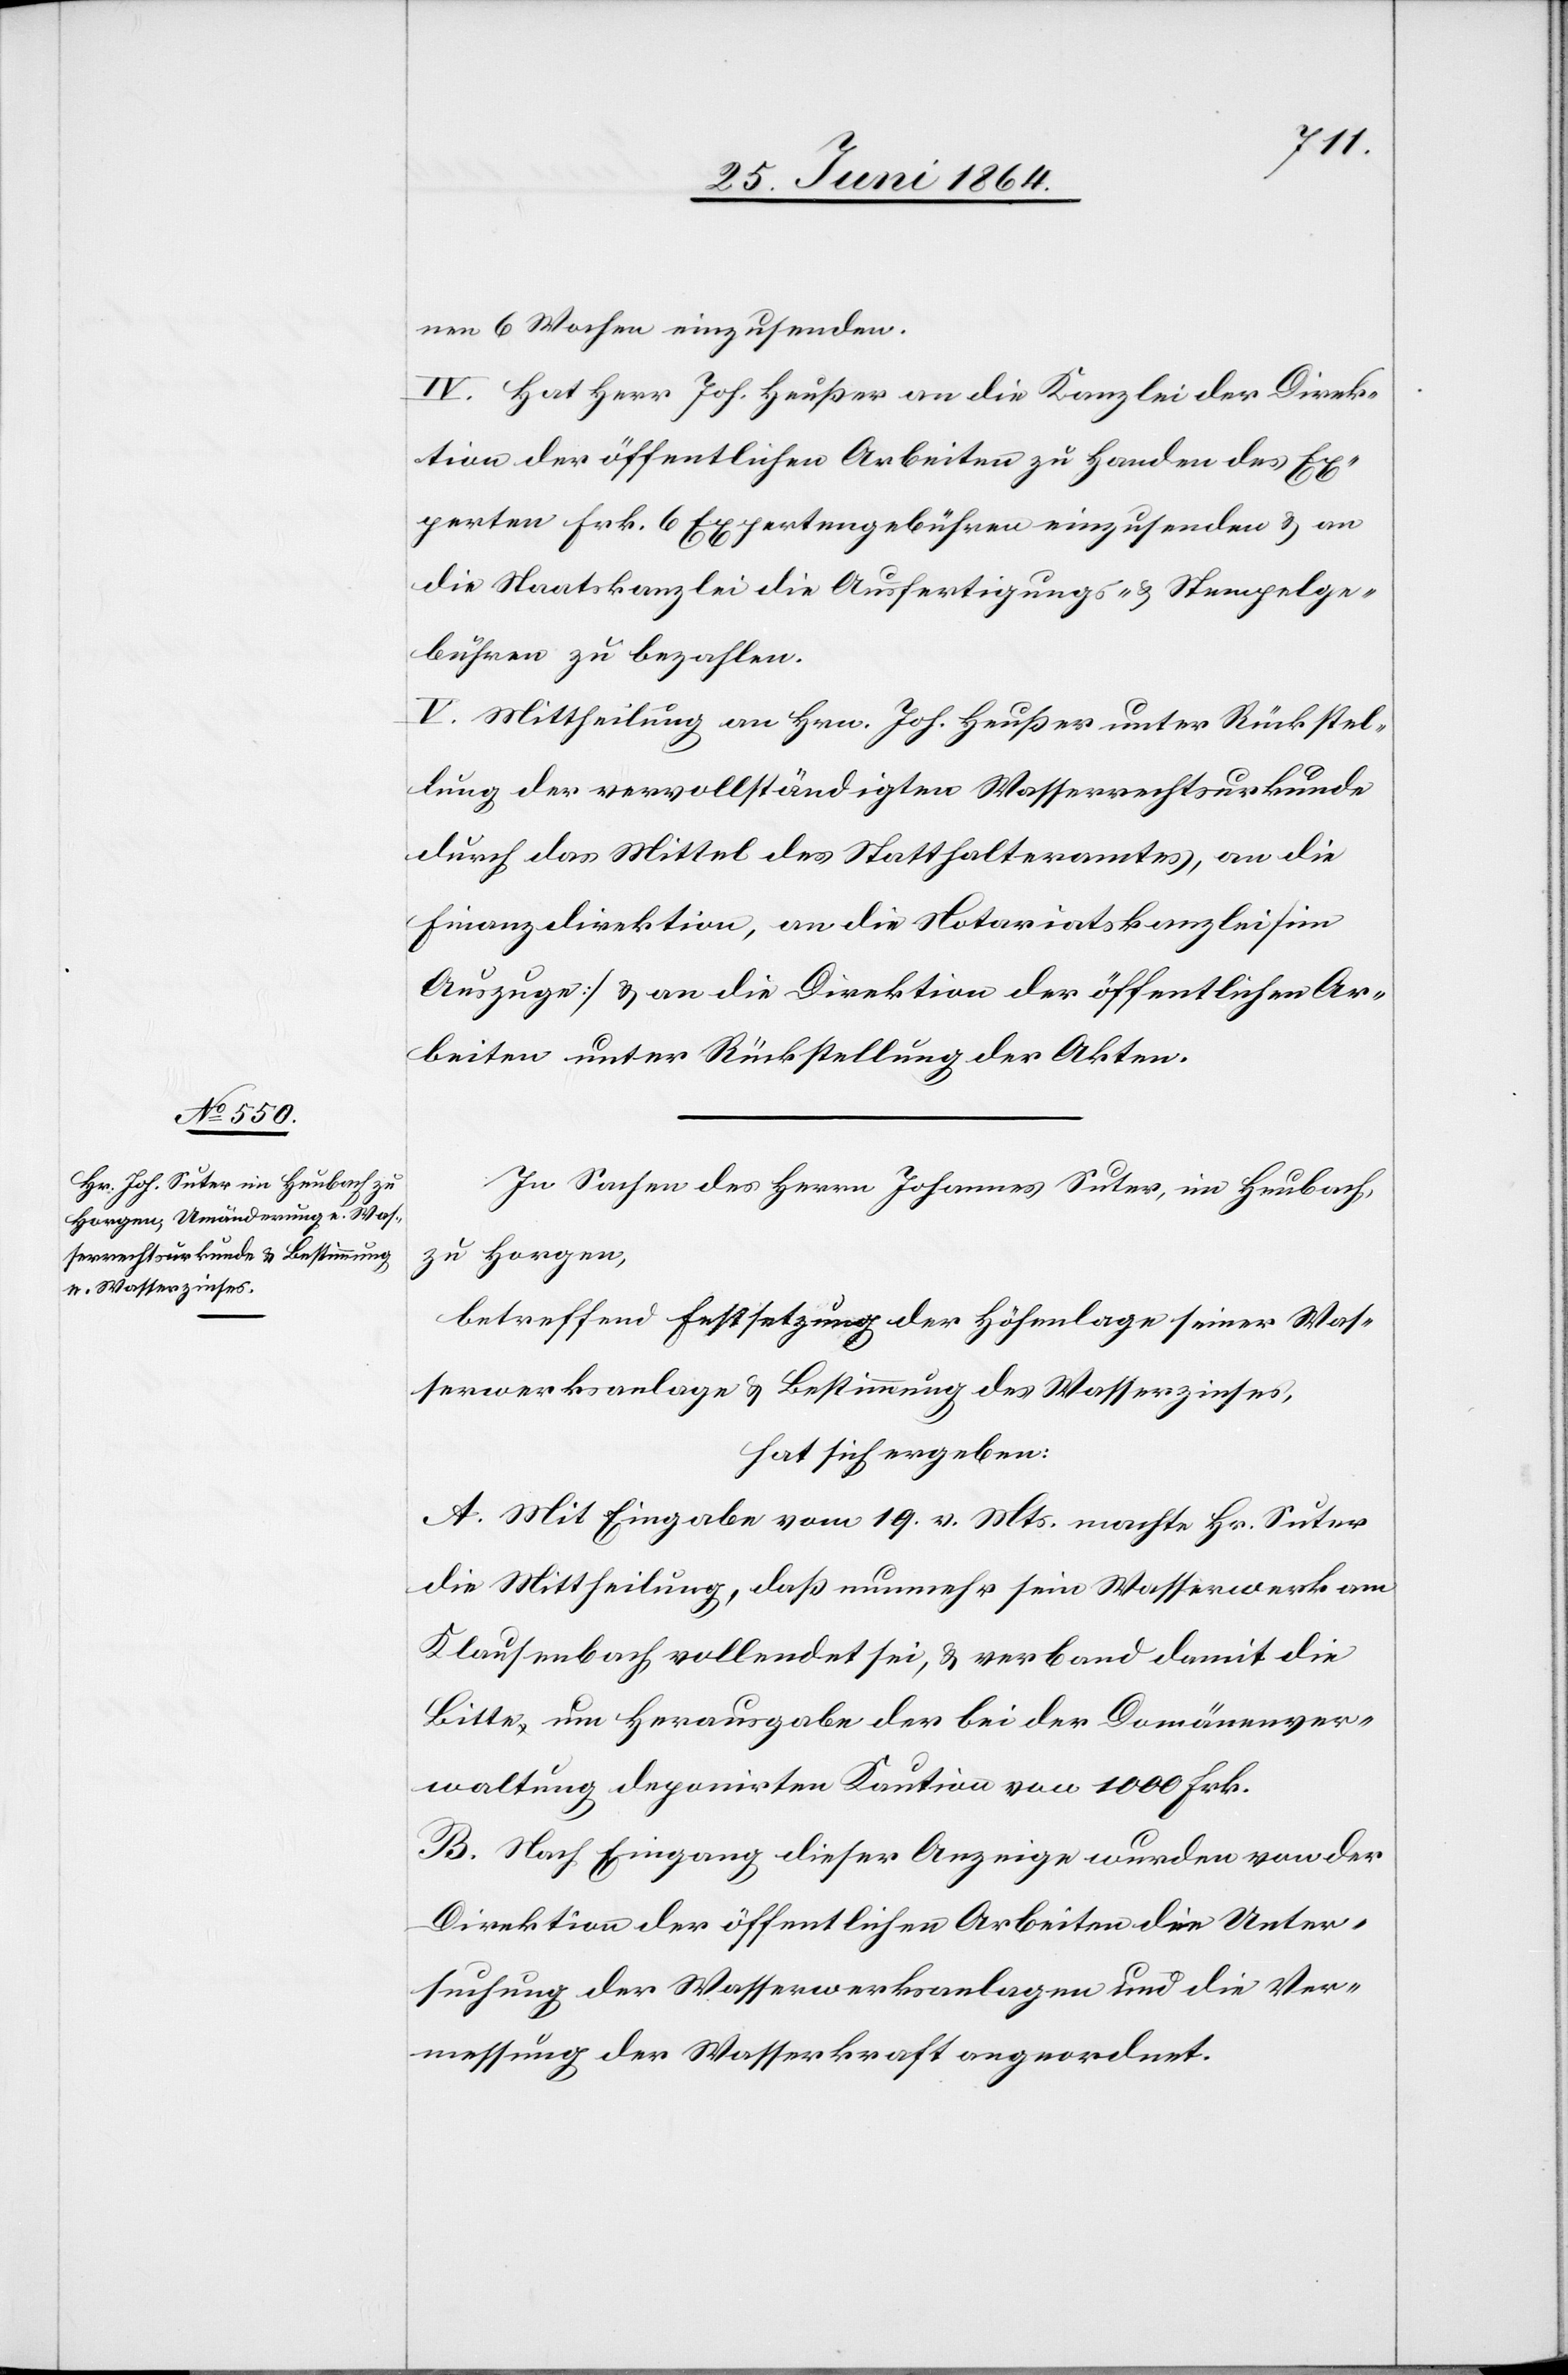
nen 6 Wochen einzusenden.
IV. Hat Herr Joh. Heußer an die Kanzlei der Direk¬
tion der öffentlichen Arbeiten zu Handen des Ex¬
perten Frk. 6 Expertengebühren einzusenden u. an
die Staatskanzlei die Ausfertigungs- u. Stempelge¬
bühren zu bezahlen.
V. Mittheilung an Hrn. Joh. Heußer unter Rückstel¬
lung der vervollständigten Wasserrechtsurkunde
durch das Mittel des Statthalteramtes, an die
Finanzdirektion, an die Notariatskanzlei [im
Auszuge] u. an die Direktion der öffentlichen Ar¬
beiten unter Rückstellung der Akten.
In Sachen des Herrn Johannes Suter, im Heubach,
zu Horgen,
betreffend Festsetzung der Höhenlage seiner Was¬
serwerksanlage u. Bestimmung des Wasserzinses,
hat sich ergeben:
A. Mit Eingabe vom 19. v. Mts. machte Hr. Suter
die Mittheilung, daß nunmehr sein Wasserwerk am
Klausenbach vollendet sei, u. verband damit die
Bitte um Herausgabe der bei der Domänenver¬
waltung deponirten Kaution von 100 Frk.
B. Nach Eingang dieser Anzeige wurden von der
Direktion der öffentlichen Arbeiten die Unter¬
suchung der Wasserwerksanlagen und die Ver¬
messung der Wasserkraft angeordnet.